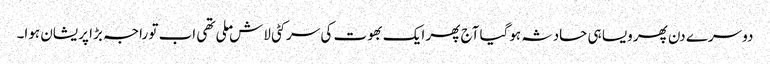
دوسرے دن پھر ویسا ہی حادثہ ہوگیا آج پھر ایک بھوت کی سر کٹی لاش ملی تھی اب تو راجہ بڑا پریشان ہوا۔